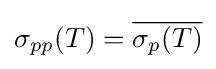
\sigma _{pp}(T)={\overline {\sigma _{p}(T)}}